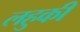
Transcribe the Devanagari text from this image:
लहुकी